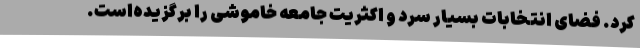
کرد. فضای انتخابات بسیار سرد و اکثریت جامعه خاموشی را برگزیده‌است.